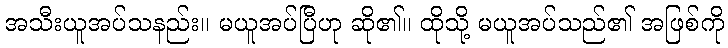
အသီးယူအပ်သနည်း။ မယူအပ်ပြီဟု ဆို၏။ ထိုသို့ မယူအပ်သည်၏ အဖြစ်ကို